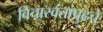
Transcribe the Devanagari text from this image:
विचारवंतांपुढचे